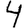
Digit: 4